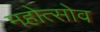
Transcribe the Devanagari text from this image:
महोत्सोव